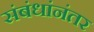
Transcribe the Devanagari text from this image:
संबंधांनंतर